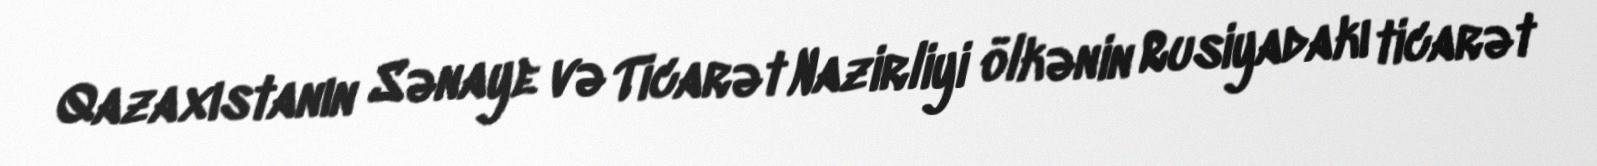
Qazaxıstanın Sənaye və Ticarət Nazirliyi ölkənin Rusiyadakı ticarət